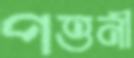
পত্তনী